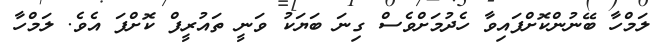
ލަމްހާ ބޭނުންކޮށްފައިވާ ހެދުމަށްވެސް ގިނަ ބަޔަކު ވަނީ ތައުރީފް ކޮށްފަ އެވެ. ލަމްހާ